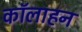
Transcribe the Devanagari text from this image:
कॉलाहन